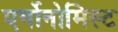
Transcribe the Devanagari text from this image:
एर्गोनोमिस्ट